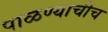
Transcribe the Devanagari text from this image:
पाळण्याचीच